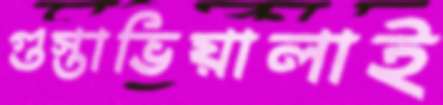
গুস্তাভিয়ালাই